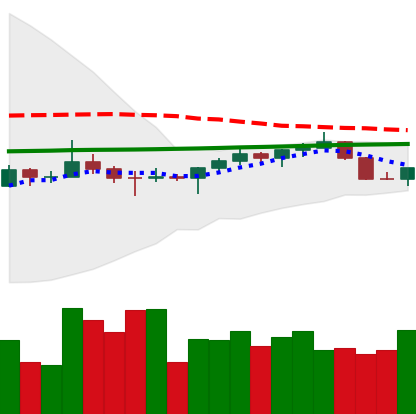
Ticker: TRX-USD
Chart end date: 2022-07-13
Forward return: 4.28%
Label: up_3_5